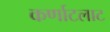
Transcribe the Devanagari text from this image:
कर्णाटलाट